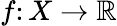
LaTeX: f\colon X\to\mathbb{R}